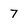
Character: 7